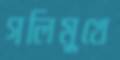
গলিমুখে